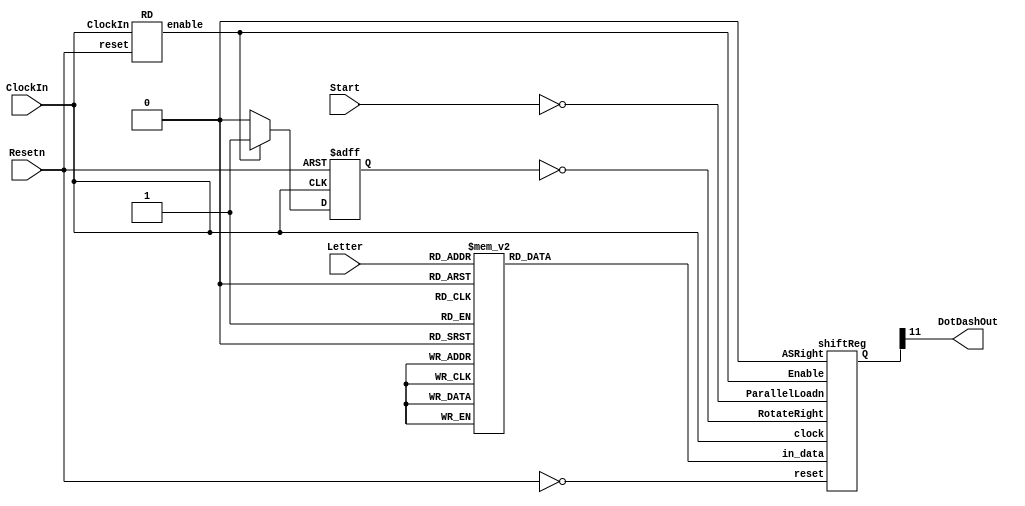
module part3(ClockIn, Resetn, Start, Letter, DotDashOut);
	input [2:0] Letter;
	input Resetn;
    input Start; 
    input ClockIn;
	output DotDashOut;

	reg [11:0] out;
	
	always @(*) 
	begin
	case (Letter[2:0]) 
		3'b000: out = 12'b010111000000; 
		3'b001: out = 12'b011101010100; 
		3'b010: out = 12'b011101011101; 
		3'b011: out = 12'b011101010000; 
		3'b100: out = 12'b010000000000; 
		3'b101: out = 12'b010101110100; 
		3'b110: out = 12'b011101110100; 
		3'b111: out = 12'b010101010000; 
		default: out = 12'b010111000000; 
	endcase
	end
	
	wire Enable;
	RD rd1(ClockIn, Enable, Resetn);
	wire [11:0] shiftedOut;
	reg rotateLeft;
	always @(posedge ClockIn, negedge Resetn)
	begin 
		if(Resetn == 1'b0)
			rotateLeft <= 1'b0;
		else if(Enable == 1'b1)
			rotateLeft <= 1'b1;
		else
			rotateLeft <= 1'b0;
	end
	shiftReg shift(ClockIn, ~Resetn, ~Start, ~rotateLeft, 1'b0, out, shiftedOut, Enable);
	assign DotDashOut = shiftedOut[11];

endmodule

module RD(ClockIn, enable, reset); 
	input ClockIn, reset;
	output reg enable;
	reg [10:0]countDown;
	always @(posedge ClockIn, negedge reset)
	begin
		if(reset == 1'b0)
			begin enable <= 1'b0; countDown <= 11'b00011111001; end
		else if(enable == 1'b1)
			begin enable <= ~enable; countDown <= 11'b00011111001; end 
		else if(countDown == 11'b00000000001)
			enable <= 1'b1;
		else 
			countDown <= countDown-1;
	end
endmodule 

module shiftReg(clock, reset, ParallelLoadn, RotateRight, ASRight, in_data, Q, Enable);
	input [11:0] in_data;
	output [11:0] Q;
	input clock, reset, ParallelLoadn, RotateRight, ASRight, Enable;
	
	flip_flop_d_mx ffdmx11(in_data[11], ParallelLoadn, RotateRight, Q[10], Q[11], reset, clock, Q[11]);
	flip_flop_d_mx ffdmx10(in_data[10], ParallelLoadn, RotateRight, Q[9], Q[10], reset, clock, Q[10]);
	flip_flop_d_mx ffdmx9(in_data[9], ParallelLoadn, RotateRight, Q[8], Q[9], reset, clock, Q[9]);
	flip_flop_d_mx ffdmx8(in_data[8], ParallelLoadn, RotateRight, Q[7], Q[8], reset, clock, Q[8]);
	flip_flop_d_mx ffdmx7(in_data[7], ParallelLoadn, RotateRight, Q[6], Q[7], reset, clock, Q[7]);
	flip_flop_d_mx ffdmx6(in_data[6], ParallelLoadn, RotateRight, Q[5], Q[6], reset, clock, Q[6]);
	flip_flop_d_mx ffdmx5(in_data[5], ParallelLoadn, RotateRight, Q[4], Q[5], reset, clock, Q[5]);
	flip_flop_d_mx ffdmx4(in_data[4], ParallelLoadn, RotateRight, Q[3], Q[4], reset, clock, Q[4]);
	flip_flop_d_mx ffdmx3(in_data[3], ParallelLoadn, RotateRight, Q[2], Q[3], reset, clock, Q[3]);
	flip_flop_d_mx ffdmx2(in_data[2], ParallelLoadn, RotateRight, Q[1], Q[2], reset, clock, Q[2]);
	flip_flop_d_mx ffdmx1(in_data[1], ParallelLoadn, RotateRight, Q[0], Q[1], reset, clock, Q[1]);
	flip_flop_d_mx ffdmx0(in_data[0], ParallelLoadn, RotateRight, Q[11], Q[0], reset, clock, Q[0]);
	
endmodule

module flip_flop_d(d, clk, resetn, q); 
	input d,clk,resetn;
	output reg q;
	always @(posedge clk, negedge resetn)
		begin
			if(resetn == 1'b1)
				q <= 0;
			else
				q <= d;
		end
endmodule 

module flip_flop_d_mx(D, loadn, LoadLeft, right, left, resetn, clk, Q);
	input D, loadn, LoadLeft, right, left, resetn, clk;
	output Q;
	wire wire1, wire2; 
	
	mux2to1 M1(right, left, LoadLeft, wire1);
	mux2to1 M2(D, wire1,loadn, wire2);
	flip_flop_d ff0(wire2, clk, resetn, Q);
	
endmodule



module mux2to1(x, y, s, m);
    input x; 
    input y; 
    input s; 
    output m; 
        
    assign m = s ? y : x;

endmodule